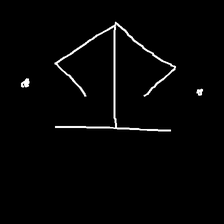
Glyph: earth